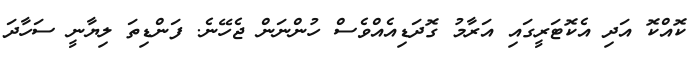
ކޮއްކޮ އަދި އެކޮޓަރީގައި އަރާމު ގޮދަޑިއެއްވެސް ހުންނަން ޖެހޭނެ. ފަންޑިތަ ލިޔާނީ ސަހާދަ